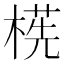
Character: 㮱